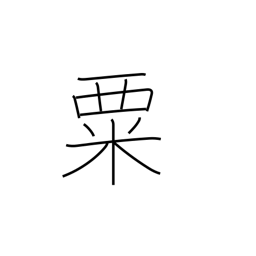
Meaning: millet